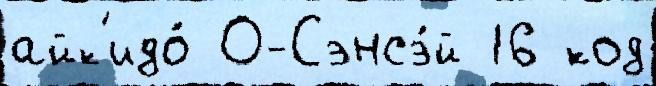
айк'идо́ О-Сэнсэ́й 16 код